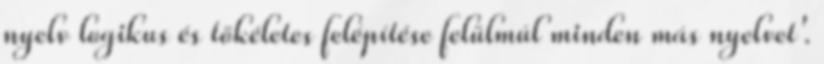
nyelv logikus és tökéletes felépítése felülmúl minden más nyelvet'.